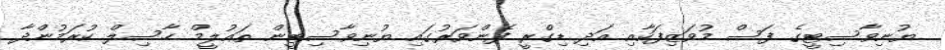
ޔުނިވާސިޓީގެ ފަސް މުވަޒިފަކާއި އަދި ޑިގްރީ ފެންވަރުގައި ޔުނިވާސިޓީން ތަޢުލީމް ހާސިލް ކުރަމުންދާ